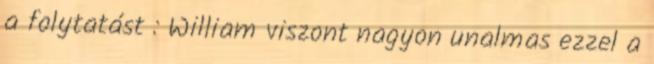
a folytatást : William viszont nagyon unalmas ezzel a